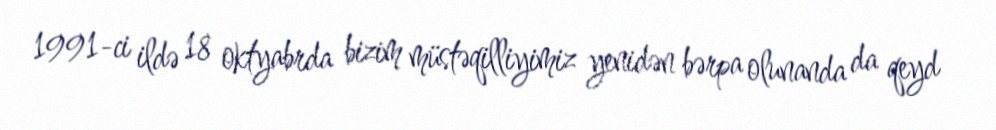
1991-ci ildə 18 oktyabrda bizim müstəqilliyimiz yenidən bərpa olunanda da qeyd